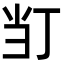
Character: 𭕈